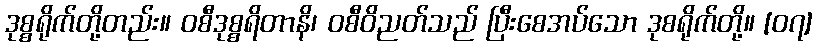
ဒုစ္စရိုက်တို့တည်း။ ဝစီဒုစ္စရိတာနိ၊ ဝစီဝိညတ်သည် ပြီးစေအပ်သော ဒုစရိုက်တို့။ [၀၇]